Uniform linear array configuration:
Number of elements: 48
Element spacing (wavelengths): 0.25
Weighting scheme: binomial
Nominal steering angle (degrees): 30
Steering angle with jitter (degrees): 30.278
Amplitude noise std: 0.05
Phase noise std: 0.05

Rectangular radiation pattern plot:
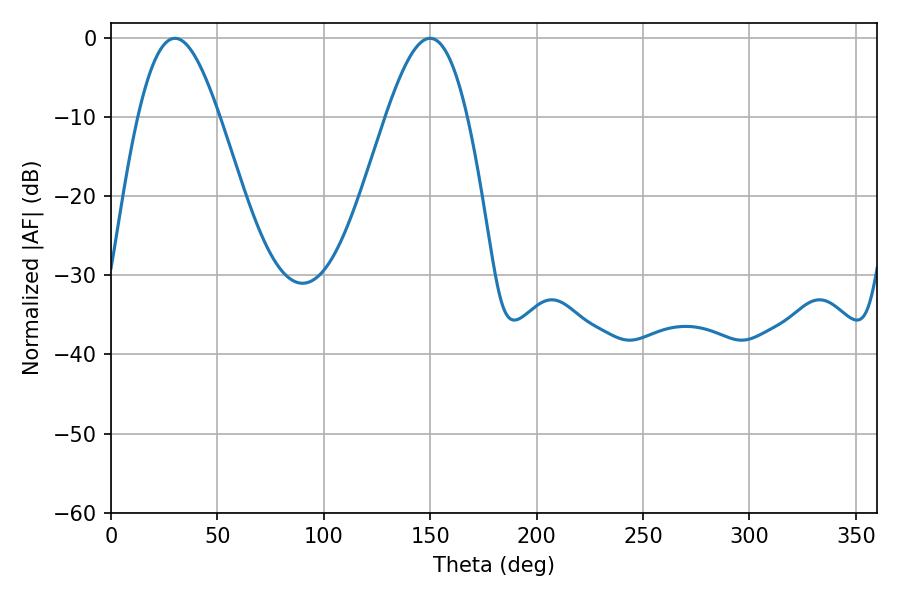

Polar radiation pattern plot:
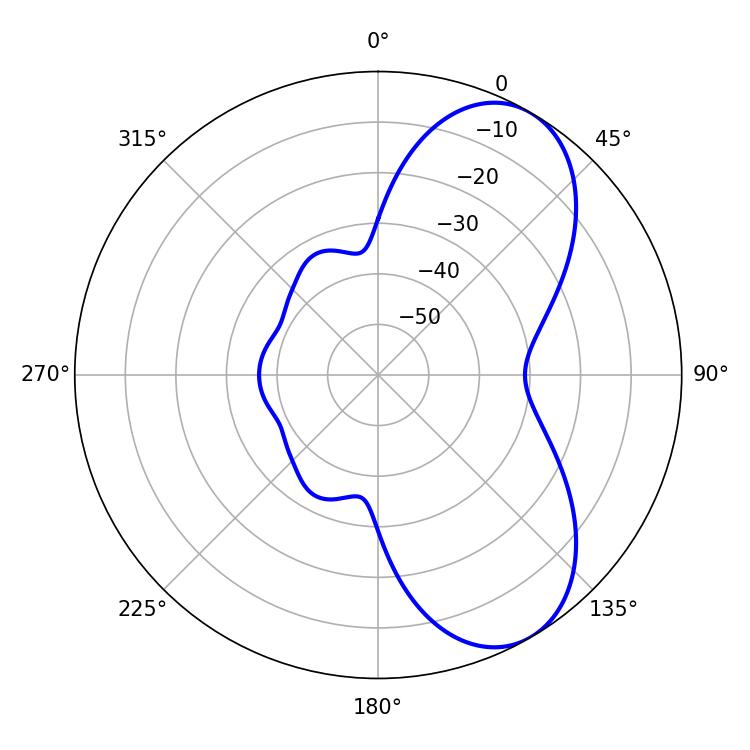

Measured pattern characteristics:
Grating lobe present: FALSE
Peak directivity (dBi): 6.971
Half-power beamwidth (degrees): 20.52
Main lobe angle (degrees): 30.06